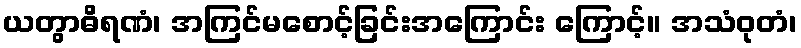
ယတွာဓိရဏံ၊ အကြင်မစောင့်ခြင်းအကြောင်း ကြောင့်။ အသံဝုတံ၊